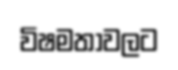
විෂමතාවලට